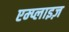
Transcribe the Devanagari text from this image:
एम्प्लाइज़